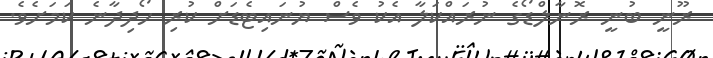
ރޫނީ ބުނީ ރޮނާލްޑޯގެ ނުރައްކަލާ އެކު ވެސް ޔުނައިޓެޑަށް ކުރި ހޯދިދާނެ ކަމަށެވެ.